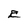
Character: E